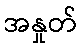
အနှုတ်